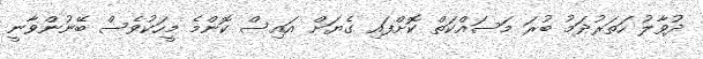
ދުވާލު ހަތަރުދަމު ބުރަ މަސައްކަތް ކޮށްފައި ގެޔަށް އައިސް ކޮންމެ މީހަކުވެސް ބޭނުންވާނީ